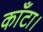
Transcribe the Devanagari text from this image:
काँटा।